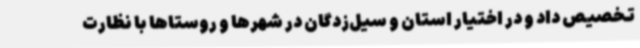
تخصیص داد و در اختیار استان و سیل‌زدگان در شهرها و روستاها با نظارت